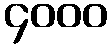
၄၀၀၀